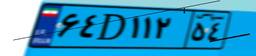
۳۶D۸۴۲۴۲